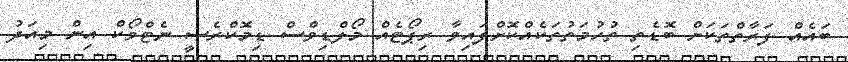
ބައެއް ފަރާތްތަކަށް ބޮޑެތި ތުހުމަތުތަކެއްކޮށްފައިވާ ރިޕޯޓެއް މޯލްޑިވްސް ޑިމޮކްރެސީ ނެޓްވޯކް އިން މިއަދު